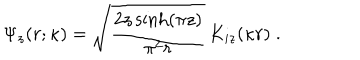
LaTeX: \Psi _ { z } ( r ; \kappa ) = \sqrt { \frac { 2 z \sinh ( \pi z ) } { \pi ^ { 2 } r } } \, K _ { i z } ( \kappa r ) \; .